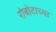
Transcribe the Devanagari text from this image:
रोबोटाच्या